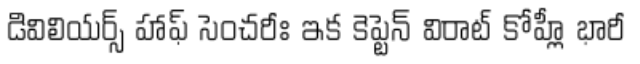
డివిలియర్స్ హాఫ్ సెంచరీః ఇక కెప్టెన్ విరాట్ కోహ్లీ భారీ